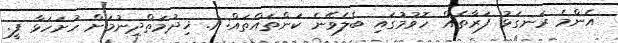
އެންމެ ރަނގަޅު ފަރާތެއް ހޮވުމުގައި ބެލެވޭނެ ކަންތައްތައް: 1. ޚިދުމަތްދިނުމަށް ހުށަހަޅާ ފީ.